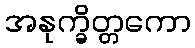
အနုက္ခိတ္တကော